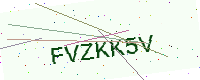
Text: FVZKK5V